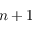
n + 1